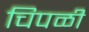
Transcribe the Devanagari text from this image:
चिपळी